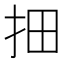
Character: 𱟱